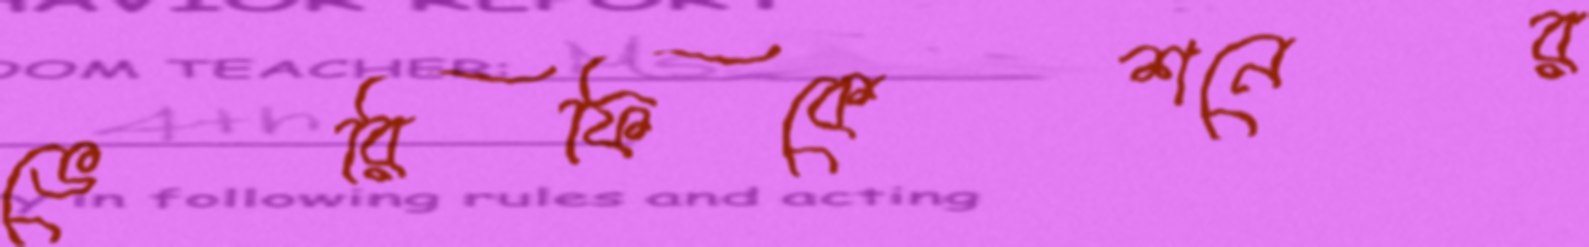
ভেরিফিকেশনের